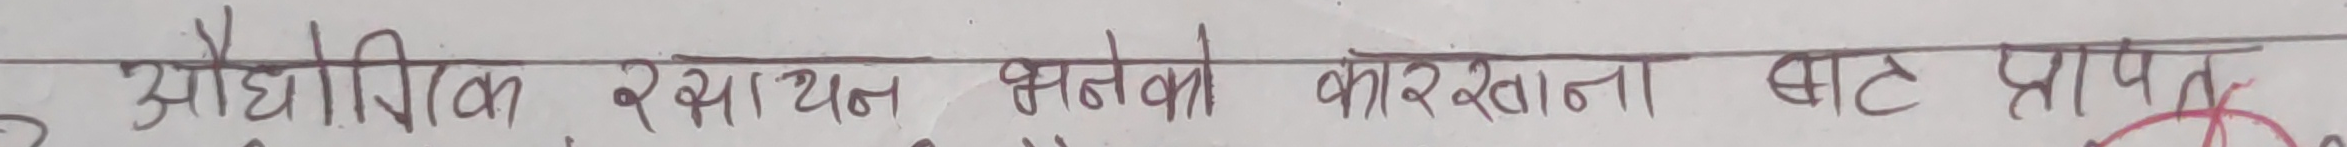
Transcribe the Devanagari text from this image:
औद्योगिक रसायन भनेको कारखाना बाट प्राप्त